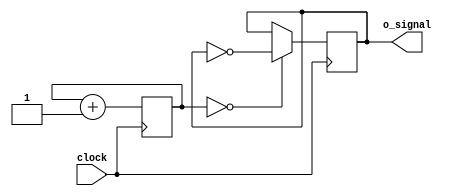
`timescale 1ns / 1ps
//////////////////////////////////////////////////////////////////////////////////
// Company: 
// Engineer: 
// 
// Design Name: 
// Module Name:    ejercicio_7 
// Project Name: 
// Target Devices: 
// Tool versions: 
// Description: 
//
// Dependencies: 
//
// Revision: 
// Revision 0.01 - File Created
// Additional Comments: 
//
//7.	Describa en Verilog un circuito que utilice contadores para dividir un master clock de 20.48 MHz y genere un seal
// con un duty cycle del 50% y una frecuencia de 5 KHz.
//
//////////////////////////////////////////////////////////////////////////////////
module ejercicio_7(
	output reg o_signal = 0,

	input wire clock
    );
	 
	 reg [10:0]cont_clk = 0;
	 
	 always@(posedge clock)
	 begin
	 
		 cont_clk <= cont_clk + 1;
		 if(cont_clk == 0) // 20,48Mhz/5KHz/2 = tiempo de ciclo de trabajo al 50% = 2048
		 begin	
			o_signal <= ~o_signal;
		 end
	 
	 end
	 


endmodule